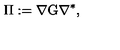
\Pi : = \nabla \mathrm { G } \nabla ^ { \ast } ,